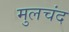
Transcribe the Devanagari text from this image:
मुलचंद